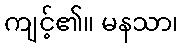
ကျင့်၏။ မနသာ၊